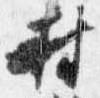
村